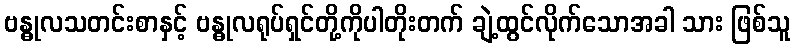
ဗန္ဓုလသတင်းစာနှင့် ဗန္ဓုလရုပ်ရှင်တို့ကိုပါတိုးတက် ချဲ့ထွင်လိုက်သောအခါ သား ဖြစ်သူ